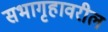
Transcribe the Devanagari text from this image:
सभागृहावरील